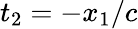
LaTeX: t_{2}=-x_{1}/c